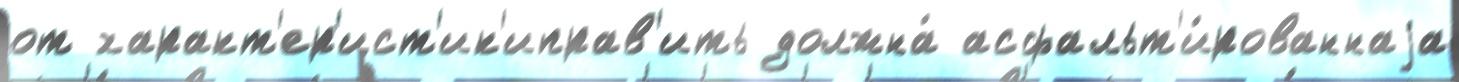
от характ'ер'ист'ик'иправ'ить должна́ асфальт'и́рованнаjа